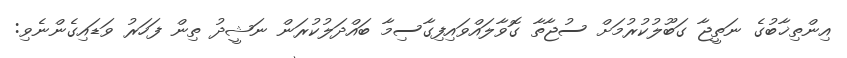
އިންތިޚާބުގެ ނަތީޖާ ގަބޫލުކުރުމަށް ސުޖާތާ ގޮވާލައްވައިފިގާސިމާ ބައްދަލުކުރަން ނަޝީދު ތިން ފަހަރު ވަޑައިގެންނެވި: